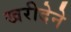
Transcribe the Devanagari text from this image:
खरीदेने